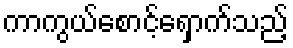
ကာကွယ်စောင့်ရှောက်သည့်